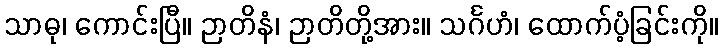
သာဓု၊ ကောင်းပြီ။ ဉာတိနံ၊ ဉာတိတို့အား။ သင်္ဂဟံ၊ ထောက်ပံ့ခြင်းကို။